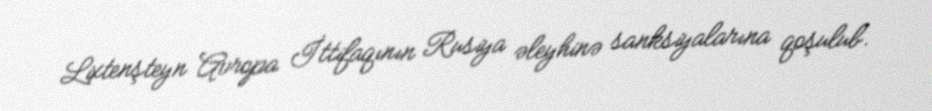
Lixtenşteyn Avropa İttifaqının Rusiya əleyhinə sanksiyalarına qoşulub.